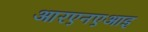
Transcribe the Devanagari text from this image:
आरएनएआइ